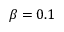
\beta = 0 . 1